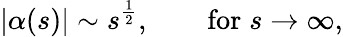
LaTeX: |\alpha(s)|\sim s^{\frac{1}{2}},\qquad\mathrm{for}\; s\to\infty,